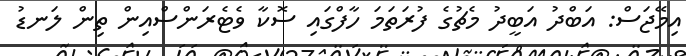
އިމޭޖަސް: އަބްދު އަބީދު މެޗުގެ ފުރަތަމަ ހާފްގައި ސޮކާ ވެޓެރަންސްއިން ތިން ލަނޑު